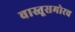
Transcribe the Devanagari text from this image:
वास्तूसमोरच